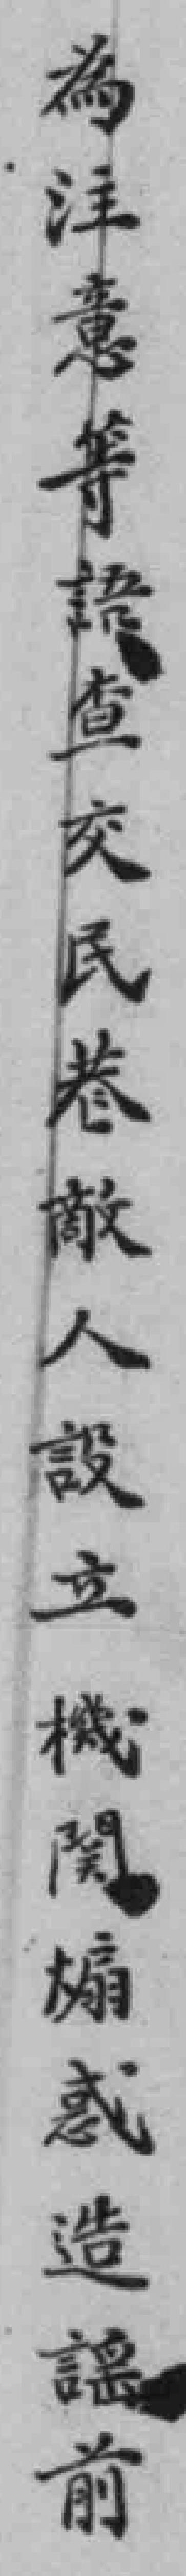
為注意等語查交民巷敵人設立機関煽惑造謡前